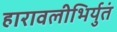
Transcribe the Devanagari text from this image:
हारावलीभिर्युतं